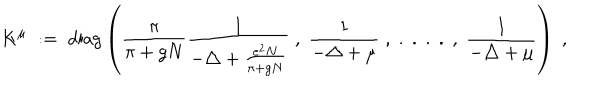
K ^ { \mu } \; : = \; \mathrm { d i a g } \left( \frac { \pi } { \pi + g N } \frac { 1 } { - \triangle + \frac { e ^ { 2 } N } { \pi + g N } } \; , \; \frac { 1 } { - \triangle + \mu } \; , \; . \; . \; . \; . \; , \; \frac { 1 } { - \triangle + \mu } \right) \; ,